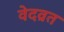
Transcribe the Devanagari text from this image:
वेदव्रत